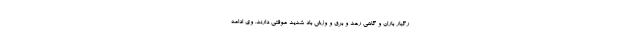
رگبار باران و گاهی رعد و برق و وزش باد شدید موقتی دارند. وی ادامه